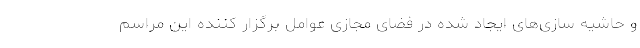
و حاشیه سازی‌های ایجاد شده در فضای مجازی عوامل برگزار کننده این مراسم